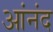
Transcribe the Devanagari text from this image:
आंनंद